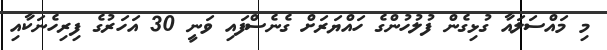
މި މައްސަލައާ ގުޅިގެން ފުލުހުންގެ ހައްޔަރަށް ގެނެސްފައި ވަނީ 30 އަހަރުގެ ފިރިހެނަކާއި